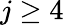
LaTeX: j\geq 4